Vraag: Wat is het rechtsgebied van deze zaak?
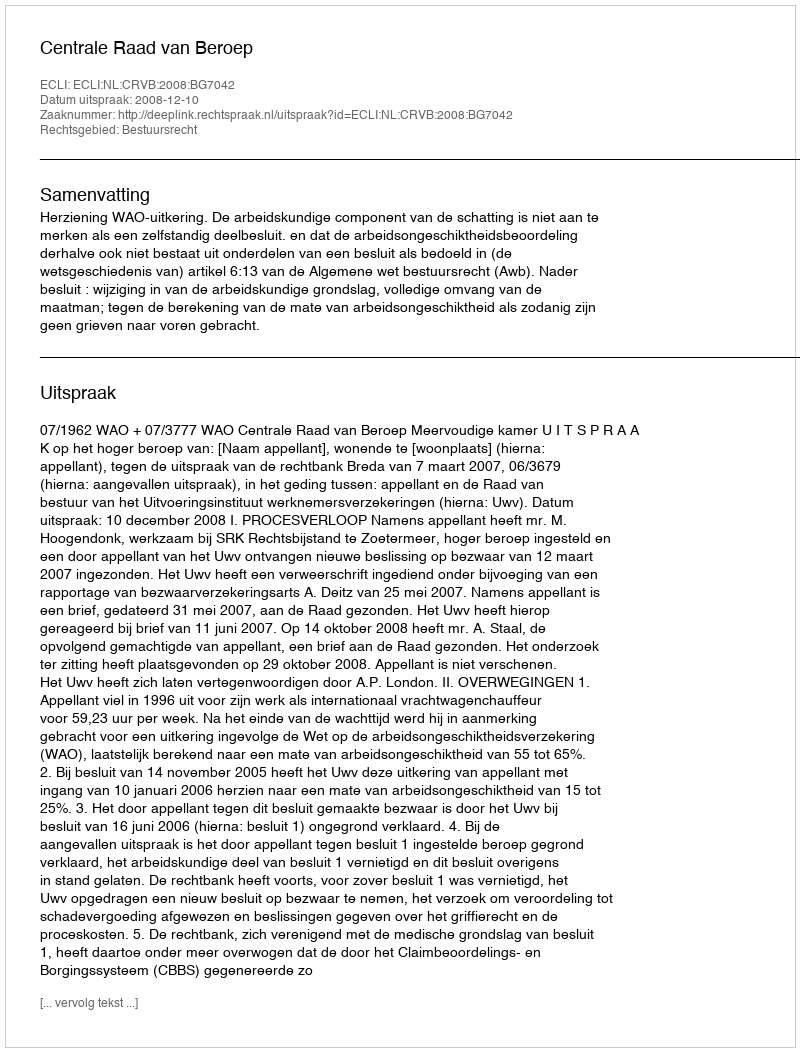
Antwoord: Bestuursrecht